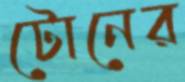
টোনের